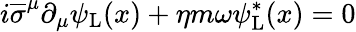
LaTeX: i{\overline{{\sigma}}}^{\mu}\partial_{\mu}\psi_{\mathrm{{L}}}(x)+\eta m\omega\psi_{\mathrm{{L}}}^{*}(x)=0